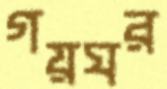
গয়ঘর